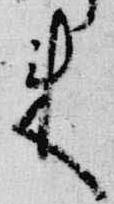
来